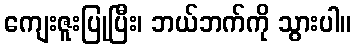
ကျေးဇူးပြုပြီး၊ ဘယ်ဘက်ကို သွားပါ။